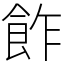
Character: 飵